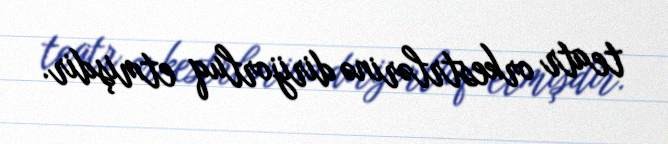
teatr orkestrlərinə dirijorluq etmişdir.